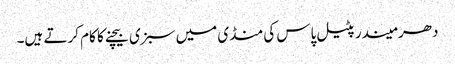
دھرمیندر پٹیل پاس کی منڈی میں سبزی بیچنے کا کام کرتے ہیں۔